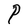
Character: P